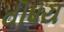
વીષય